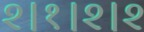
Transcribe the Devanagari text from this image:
२।१।२।२